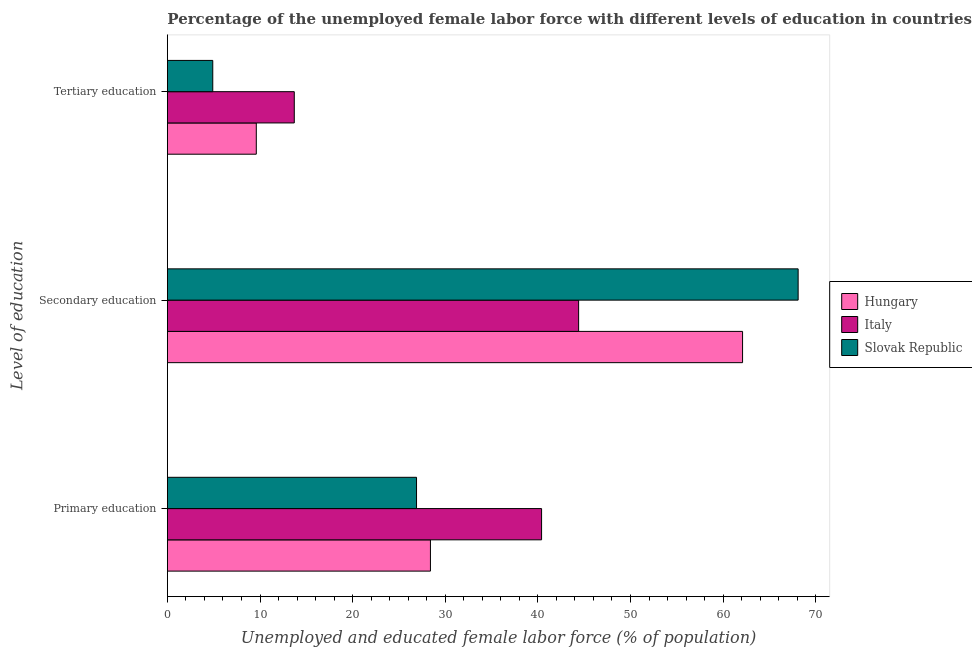
| Level of education | Hungary | Italy | Slovak Republic |
 | --- | --- | --- | --- |
 | Primary education | 28.4 | 40.4 | 26.9 |
 | Secondary education | 62.1 | 44.4 | 68.1 |
 | Tertiary education | 9.6 | 13.7 | 4.9 |